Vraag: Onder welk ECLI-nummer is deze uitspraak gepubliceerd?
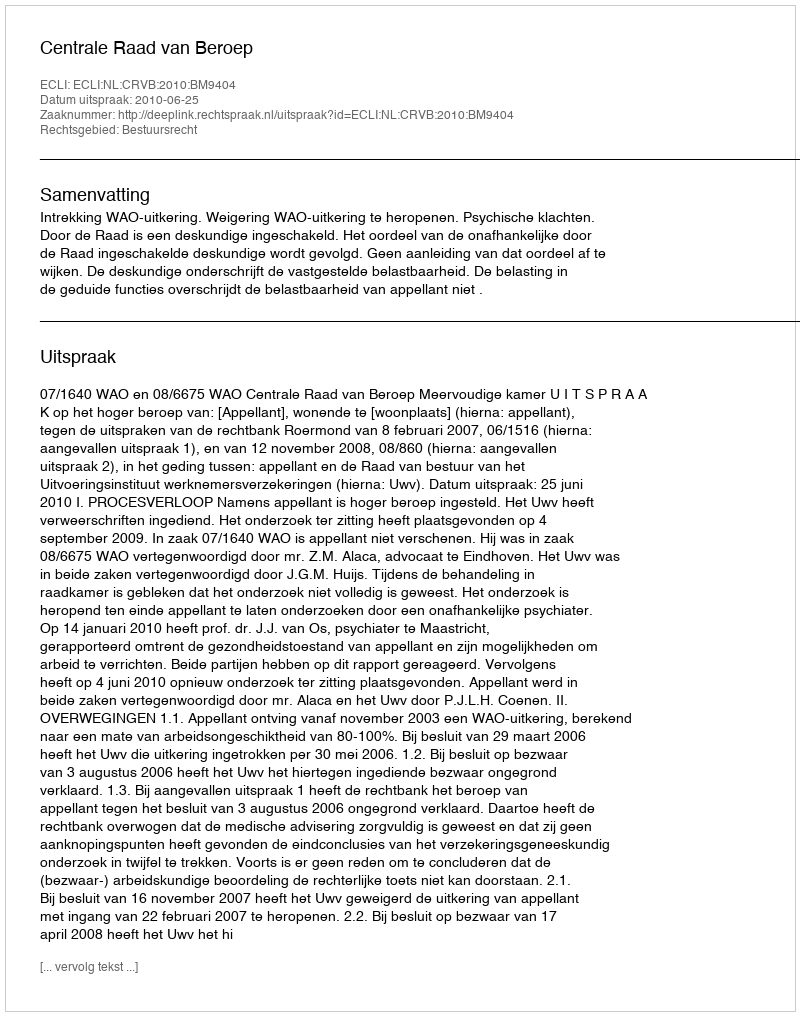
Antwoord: ECLI:NL:CRVB:2010:BM9404